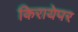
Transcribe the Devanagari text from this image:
किरायेपर